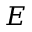
E